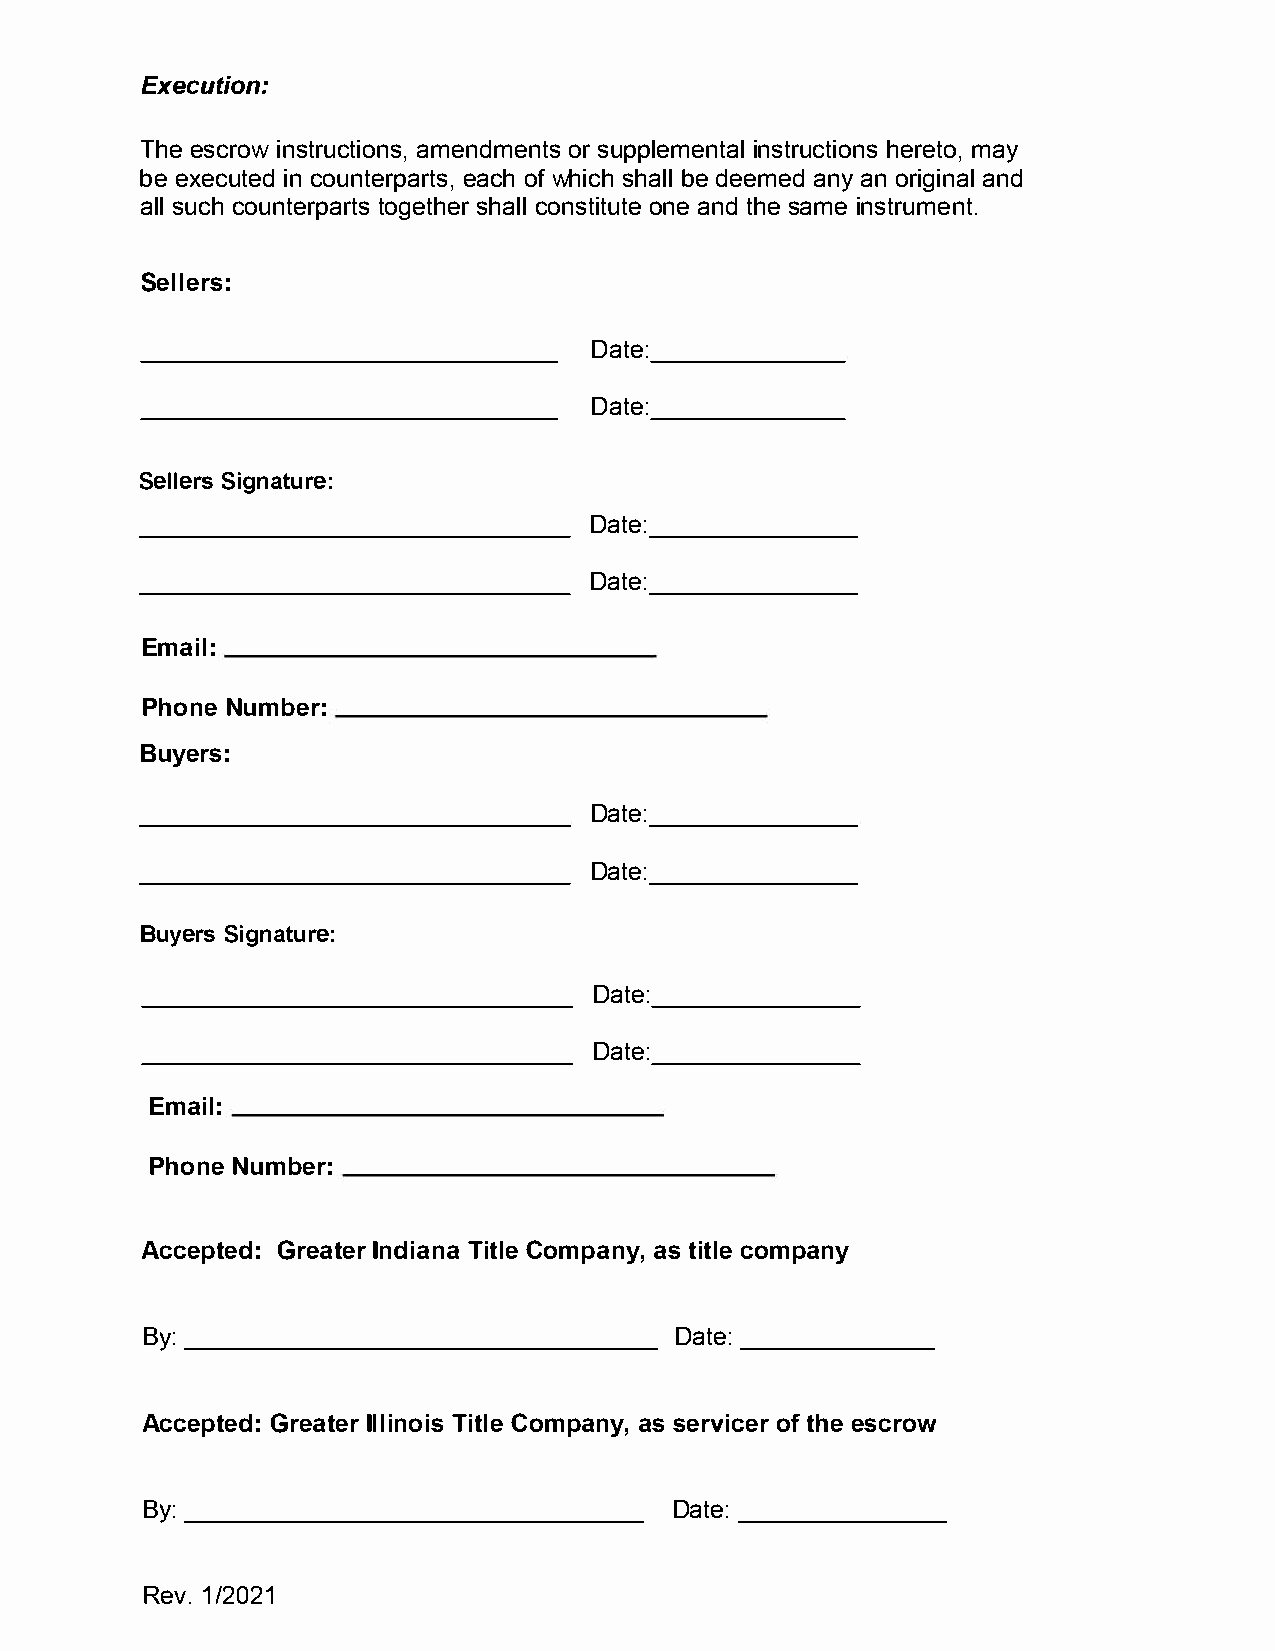
Execution:
 Thee scrionws truacmteinodnmseo,nrs t usp plemiennsttarluh cetrieotnyos , ma
 be   execcuotuendt  eirenpa acorhfwt hsi,sc hha bledl e emaendya n original and
 alslu ccho untetropgaerstthhsae clrol n stointaeun tde stahmeie n strument.
 Sellers:
 Date:
 Date:
 SellSeirgsn ature:
 Date:
 Date:
 Email:
 PhonNeu  mber:
 Buyers:
 Date:
 Date:
 BuyeSrisg  nature:
 Date:
 Date:
 Email:
 PhonNeu  mber:
 AcceptGerde:a   Itnedri TaintaCl oem panayst, i tcloem pany
 By:----------------                Dat-e-:- ----
 AcceptGerde:a  Itlelri TniotCilosem panayss, e rviocfte hree s crow
 By:-------------                   Dat-e-:- ----
 Rev1./ 2021